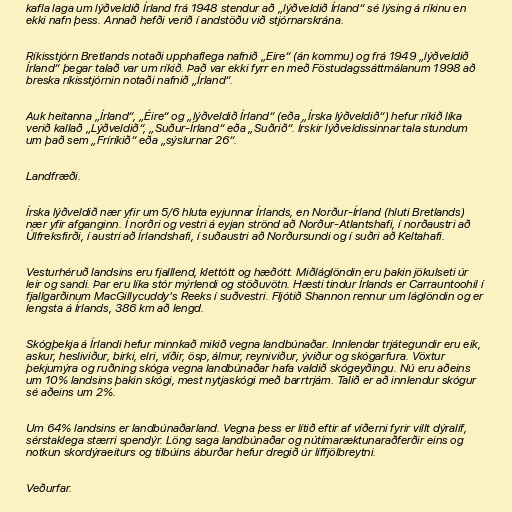
kafla laga um lýðveldið Írland frá 1948 stendur að „lýðveldið Írland“ sé lýsing á ríkinu en
ekki nafn þess. Annað hefði verið í andstöðu við stjórnarskrána.

Ríkisstjórn Bretlands notaði upphaflega nafnið „Eire“ (án kommu) og frá 1949 „lýðveldið
Írland“ þegar talað var um ríkið. Það var ekki fyrr en með Föstudagssáttmálanum 1998 að
breska ríkisstjórnin notaði nafnið „Írland“.

Auk heitanna „Írland“, „Éire“ og „lýðveldið Írland“ (eða „Írska lýðveldið“) hefur ríkið líka
verið kallað „Lýðveldið“, „Suður-Írland“ eða „Suðrið“. Írskir lýðveldissinnar tala stundum
um það sem „Fríríkið“ eða „sýslurnar 26“.

Landfræði.

Írska lýðveldið nær yfir um 5/6 hluta eyjunnar Írlands, en Norður-Írland (hluti Bretlands)
nær yfir afganginn. Í norðri og vestri á eyjan strönd að Norður-Atlantshafi, í norðaustri að
Úlfreksfirði, í austri að Írlandshafi, í suðaustri að Norðursundi og í suðri að Keltahafi.

Vesturhéruð landsins eru fjalllend, klettótt og hæðótt. Miðláglöndin eru þakin jökulseti úr
leir og sandi. Þar eru líka stór mýrlendi og stöðuvötn. Hæsti tindur Írlands er Carrauntoohil í
fjallgarðinum MacGillycuddy's Reeks í suðvestri. Fljótið Shannon rennur um láglöndin og er
lengsta á Írlands, 386 km að lengd.

Skógþekja á Írlandi hefur minnkað mikið vegna landbúnaðar. Innlendar trjátegundir eru eik,
askur, hesliviður, birki, elri, víðir, ösp, álmur, reyniviður, ýviður og skógarfura. Vöxtur
þekjumýra og ruðning skóga vegna landbúnaðar hafa valdið skógeyðingu. Nú eru aðeins
um 10% landsins þakin skógi, mest nytjaskógi með barrtrjám. Talið er að innlendur skógur
sé aðeins um 2%.

Um 64% landsins er landbúnaðarland. Vegna þess er lítið eftir af víðerni fyrir villt dýralíf,
sérstaklega stærri spendýr. Löng saga landbúnaðar og nútímaræktunaraðferðir eins og
notkun skordýraeiturs og tilbúins áburðar hefur dregið úr líffjölbreytni.

Veðurfar.